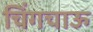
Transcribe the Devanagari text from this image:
चिंगचाऊ